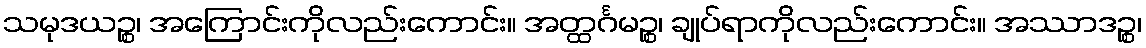
သမုဒယဉ္စ၊ အကြောင်းကိုလည်းကောင်း။ အတ္ထင်္ဂမဉ္စ၊ ချုပ်ရာကိုလည်းကောင်း။ အဿာဒဉ္စ၊